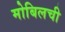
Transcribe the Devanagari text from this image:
मोबिलची